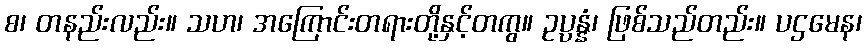
စ၊ တနည်းလည်း။ သဟ၊ အကြောင်းတရားတို့နှင့်တကွ။ ဥပ္ပန္နံ၊ ဖြစ်သည်တည်း။ ပဌမေန၊